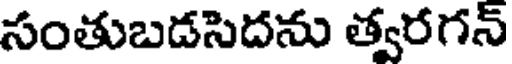
సంతుబడసెదను త్వరగన్